Report of the Indian Hemp Drugs Commission, 1894-1895 - Volume IV
Year: 1894
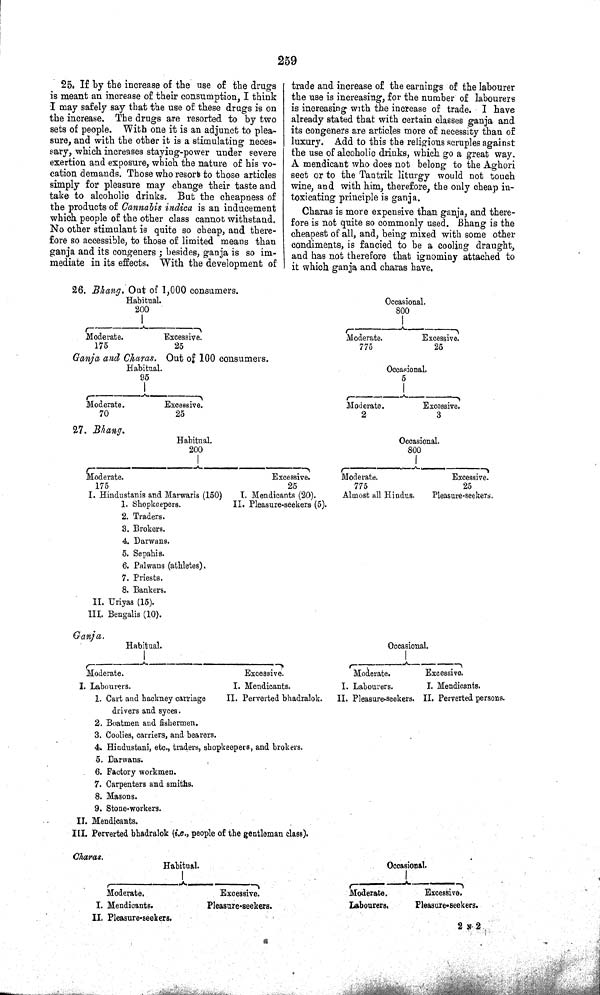
259
25. If by the increase of the use of the drugs
is meant an increase of their consumption, I think
I may safely say that the use of these drugs is on
the increase. The drugs are resorted to by two
sets of people. With one it is an adjunct to plea-
sure, and with the other it is a stimulating neces-
sary, which increases staying-power under severe
exertion and exposure, which the nature of his vo-
cation demands. Those who resort to those articles
simply for pleasure may change their taste and
take to alcoholic drinks. But the cheapness of
the products of Cannabis indica is an inducement
which people of the other class cannot withstand.
No other stimulant is quite so cheap, and there-
fore so accessible, to those of limited means than
ganja and its congeners; besides, ganja is so im-
mediate in its effects.
With the development of
trade and increase of the earnings of the labourer
the use is increasing, for the number of labourers
is increasing with the increase of trade. I have
already stated that with certain classes ganja and
its congeners are articles more of necessity than of
luxury. Add to this the religious scruples against
the use of alcoholic drinks, which go a great way.
A mendicant who does not belong to the Aghori
sect or to the Tantrik liturgy would not touch
wine, and with him, therefore, the only cheap in-
toxicating principle is ganja.
Charas is more expensive than ganja, and there-
fore is not quite so commonly used. Bhang is the
cheapest of all, and, being mixed with some other
condiments, is fancied to be a cooling draught,
and has not therefore that ignominy attached to
it which ganja and charas have.
26. Bhang, Out of 1,000 consumers.
Habitual.
200
Occasional.
800
Moderate.
175
Excessive.
25
Moderate.
775
Excessive.
25
Ganja and
Charas.
Habitual.
95
Out of 100 consumers.
Occasional.
5
Moderate.
70
Excessive.
25
Moderate.
2
Excessive.
3
27. Bhang.
Habitual.
200
Occasional.
800
Moderate.
175
Excessive.
25
Moderate.
Excessive.
775
25
I. Hindustanis and Marwaris (150)
I. Mendicants (20).
Almost all Hindus.
Pleasure-seekers.
1. Shopkeepers.
II. Pleasure-seekers (5).
2. Traders.
3. Brokers.
4. Darwans.
5. Sepahis.
6. Palwans (athletes).
7. Priests.
8. Bankers.
II. Uriyas (15).
III. Bengalis (10).
Ganja.
Habitual.
Occasional.
Moderate.
Excessive.
Moderate.
Excessive.
I. Labourers.
I. Mendicants.
I. Labourers.
I. Mendicants.
1. Cart and hackney carriage
II. Perverted bhadralok.
II. Pleasure-seekers. II. Perverted persons.
drivers and syces.
2. Boatmen and fishermen.
3. Coolies, carriers, and bearers.
4. Hindustani, etc., traders, shopkeepers, and brokers.
5. Darwans.
6. Factory workmen.
7. Carpenters and smiths.
8. Masons.
9. Stone-workers.
II. Mendicants.
III. Perverted bhadralok (i.e., people of the gentleman class).
Charas.
Habitual.
Occasional.
Moderate.
Excessive.
Moderate.
Excessive.
I. Mendicants.
Pleasure-seekers.
Labourers.
Pleasure-seekers.
II. Pleasure-seekers.
2 N 2